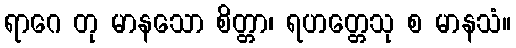
ရာဂေ တု မာနသော စိတ္တာ၊ ရဟတ္တေသု စ မာနသံ။